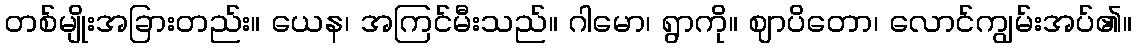
တစ်မျိုးအခြားတည်း။ ယေန၊ အကြင်မီးသည်။ ဂါမော၊ ရွာကို။ ဈာပိတော၊ လောင်ကျွမ်းအပ်၏။